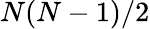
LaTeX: N(N-1)/2